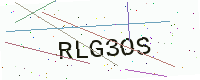
Text: RLG3OS